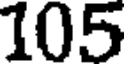
105